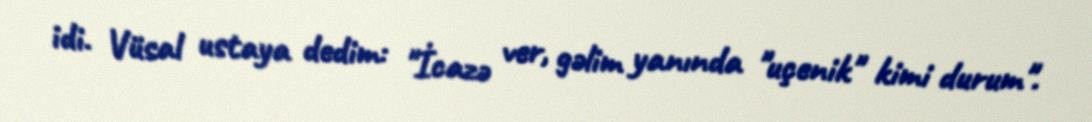
idi. Vüsal ustaya dedim: "İcazə ver, gəlim yanında "uçenik" kimi durum".